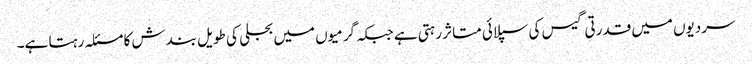
سردیوں میں قدرتی گیس کی سپلائی متاثر رہتی ہے جبکہ گرمیوں میں بجلی کی طویل بندش کا مسئلہ رہتا ہے۔